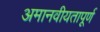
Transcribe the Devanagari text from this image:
अमानवीयतापूर्ण